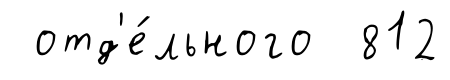
отд'е́льного 812